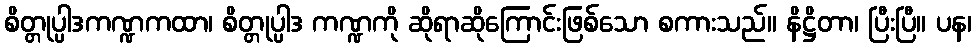
စိတ္တုပ္ပါဒကဏ္ဍကထာ၊ စိတ္တုပ္ပါဒ ကဏ္ဍကို ဆိုရာဆိုကြောင်းဖြစ်သော စကားသည်။ နိဋ္ဌိတာ၊ ပြီးပြီ။ ပန၊